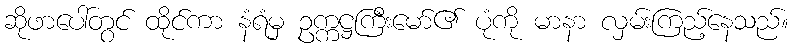
ဆိုဖာပေါ်တွင် ထိုင်ကာ နံရံမှ ဥက္ကဋ္ဌကြီးမော်၏ ပုံကို မာနာ လှမ်းကြည့်နေသည်။